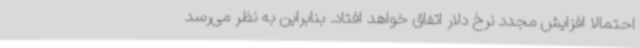
احتمالا افزایش مجدد نرخ دلار اتفاق خواهد افتاد. بنابراین به نظر می‌رسد